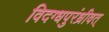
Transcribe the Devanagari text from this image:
विदग्धपुरंध्रीवत्